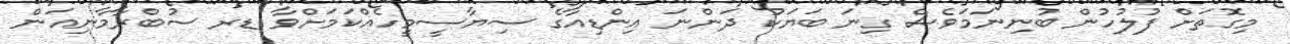
މިގޮތަށް ފުލުހުން ބުނިނަމަވެސް ގިނަ ބަޔަކު ދަންނަ އިންޑިއާގެ ސިޔާސީމީހެއްކަމަށްވާ ޑރ ސުބްރާމާނިއަން